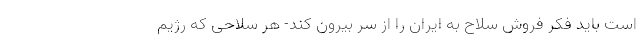
است باید فکر فروش سلاح به ایران را از سر بیرون کند- هر سلاحی که رژیم